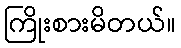
ကြိုးစားမိတယ်။